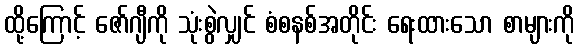
ထို့ကြောင့် ဇော်ဂျီကို သုံးစွဲလျှင် စံစနစ်အတိုင်း ရေးထားသော စာများကို